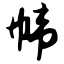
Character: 帏